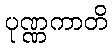
ပုဏ္ဏကာတိ